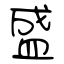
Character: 盛